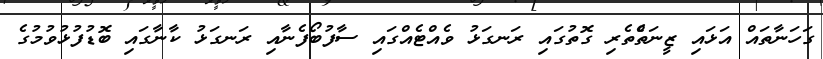
ގަހަނާތައް އަޅައި ޒީނަތްެތެރި ގޮތުގައި ރަނގަޅު ވެއްޓެއްގައި ސާފުބޯފެނާއި ރަނގަޅު ކާނާގައި ބޮޑުފުޅުވުމުގެ